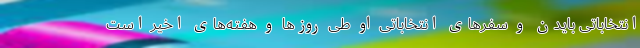
انتخاباتی بایدن و سفرهای انتخاباتی او طی روزها و هفته‌های اخیر است